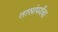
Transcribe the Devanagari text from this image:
तासांपर्यंचा